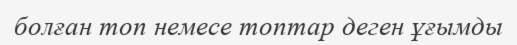
болған топ немесе топтар деген ұғымды